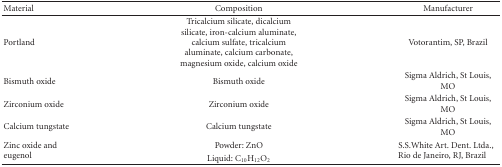
<table><thead><tr><td><b>Material</b></td><td><b>Composition</b></td><td><b>Manufacturer</b></td></tr></thead><tbody><tr><td>Portland</td><td>Tricalcium silicate, dicalcium silicate, iron-calcium aluminate, calcium sulfate, tricalcium aluminate, calcium carbonate, magnesium oxide, calcium oxide</td><td>Votorantim, SP, Brazil</td></tr><tr><td>Bismuth oxide</td><td>Bismuth oxide</td><td>Sigma Aldrich, St Louis, MO</td></tr><tr><td>Zirconium oxide</td><td>Zirconium oxide</td><td>Sigma Aldrich, St Louis, MO</td></tr><tr><td>Calcium tungstate</td><td>Calcium tungstate</td><td>Sigma Aldrich, St Louis, MO</td></tr><tr><td rowspan="2">Zinc oxide and eugenol</td><td>Powder: ZnO</td><td rowspan="2">S.S.White Art. Dent. Ltda., Rio de Janeiro, RJ, Brazil</td></tr><tr><td>Liquid: C<sub>10</sub>H<sub>12</sub>O<sub>2</sub></td></tr></tbody></table>